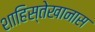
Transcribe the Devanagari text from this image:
शाहिस्तेखानास